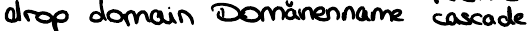
drop domain Domänenname cascade